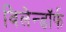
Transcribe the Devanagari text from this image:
विलेन्डॉर्फ